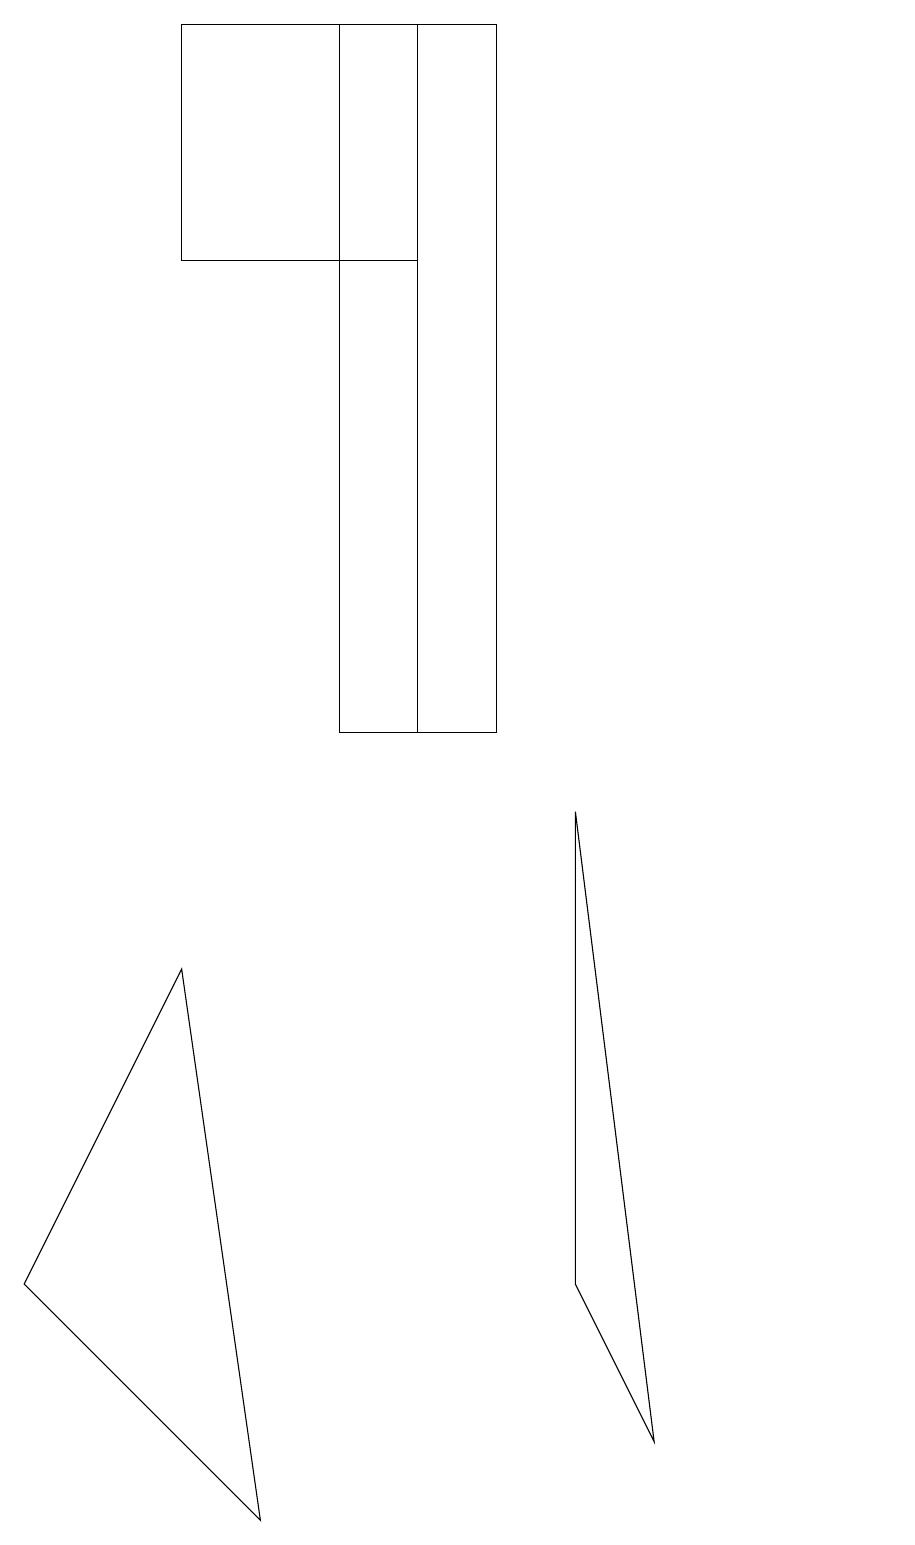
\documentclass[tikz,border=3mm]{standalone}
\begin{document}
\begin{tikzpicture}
\draw (7,3) -- (7,9) -- (8,1) -- cycle;
\draw (2,7) -- (0,3) -- (3,0) -- cycle;
\draw (11,11) circle (0);
\draw (6,10) rectangle (4,19);
\draw (2,19) rectangle (5,16);
\draw (5,19) rectangle (5,10);
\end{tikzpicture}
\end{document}